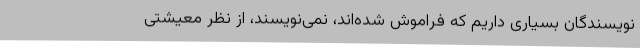
نویسندگان بسیاری داریم که فراموش شده‌اند، نمی‌نویسند، از نظر معیشتی